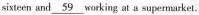
sixteen and \underline{59} working at a supegmarket.